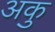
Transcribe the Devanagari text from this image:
अकु